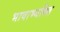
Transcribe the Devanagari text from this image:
भावाभ्यक्ति